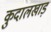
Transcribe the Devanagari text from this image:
कुदालखाड़